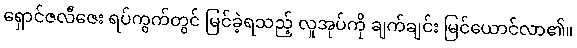
ရှောင်ဇလီဇေး ရပ်ကွက်တွင် မြင်ခဲ့ရသည့် လူအုပ်ကို ချက်ချင်း မြင်ယောင်လာ၏။